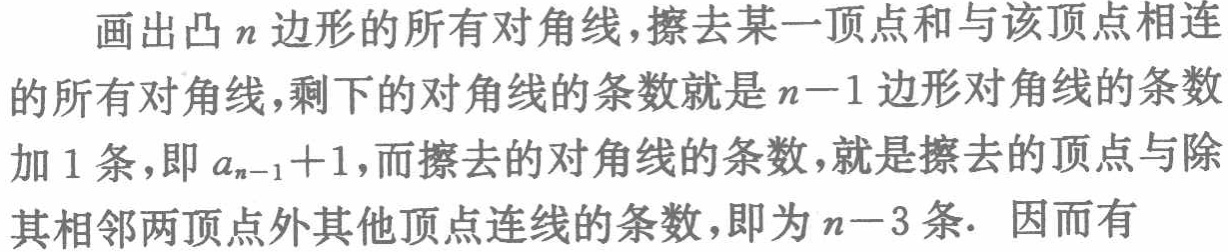
画出凸\(n\)边形的所有对角线，擦去某一顶点和与该顶点相连的所有对角线，剩下的对角线的条数就是\(n - 1\)边形对角线的条数加\(1\)条，即\(a_{n - 1} + 1\)，而擦去的对角线的条数，就是擦去的顶点与除其相邻两顶点外其他顶点连线的条数，即为\(n - 3\)条．因而有